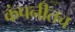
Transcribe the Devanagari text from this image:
कंपनीतच